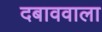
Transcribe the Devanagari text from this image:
दबाववाला